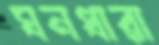
ঘনধারা